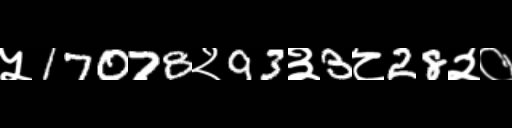
Text: ५17078२93३3८28२०